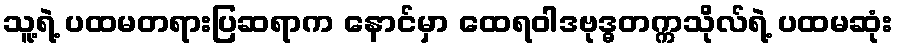
သူ့ရဲ့ ပထမတရားပြဆရာက နောင်မှာ ထေရဝါဒဗုဒ္ဓတက္ကသိုလ်ရဲ့ ပထမဆုံး